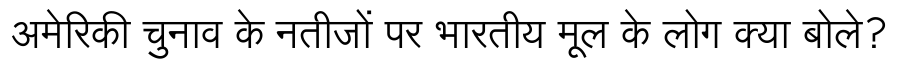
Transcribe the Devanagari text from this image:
अमेरिकी चुनाव के नतीजों पर भारतीय मूल के लोग क्या बोले?